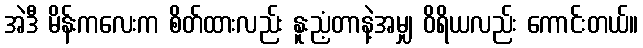
အဲဒီ မိန်းကလေးက စိတ်ထားလည်း နူးညံ့တာနဲ့အမျှ ဝိရိယလည်း ကောင်းတယ်။